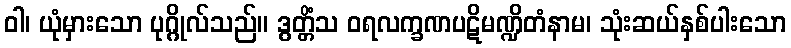
ဝါ၊ ယုံမှားသော ပုဂ္ဂိုလ်သည်။ ဒွတ္တိံသ ဝရလက္ခဏပဋိမဏ္ဍိတံနာမ၊ သုံးဆယ်နှစ်ပါးသော